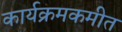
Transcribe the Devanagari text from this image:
कार्यक्रमकमीत